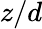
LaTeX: z/d